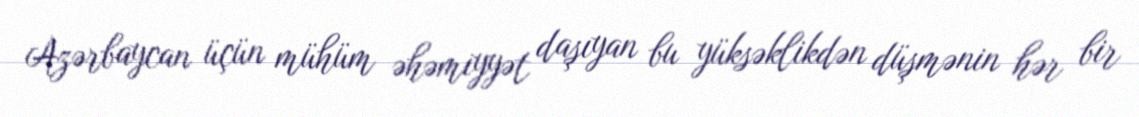
Azərbaycan üçün mühüm əhəmiyyət daşıyan bu yüksəklikdən düşmənin hər bir